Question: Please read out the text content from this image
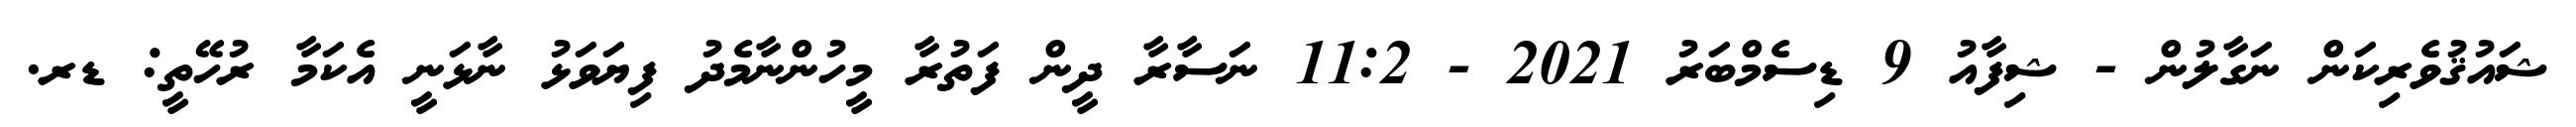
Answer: ޝައުޤުވެރިކަން ނަގާލުން - ޝިފާއު 9 ޑިސެމްބަރު 2021 - 11:2 ނަސާރާ ދީން ފަތުރާ މީހުންނާމެދު ފިޔަވަޅު ނާޅަނީ އެކަމާ ރުހޭތީ: ޑރ.